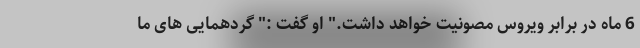
6 ماه در برابر ویروس مصونیت خواهد داشت." او گفت :" گردهمایی های ما